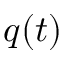
q ( t )